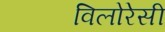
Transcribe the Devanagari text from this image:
विलोरेसी